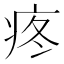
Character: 疼